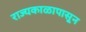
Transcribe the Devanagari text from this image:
राज्यकाळापासून